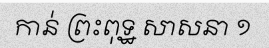
កាន់ ព្រះពុទ្ឋ សាសនា ១